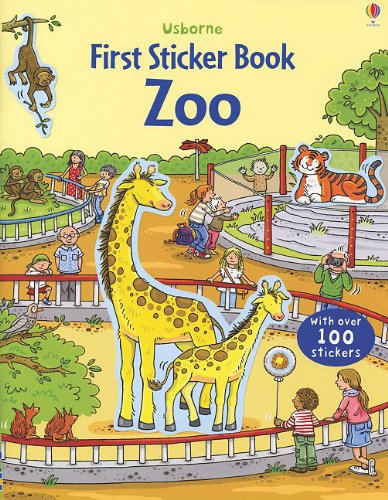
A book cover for Zoo (First Sticker Book); Sam Taplin; Children's Books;